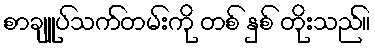
စာချူပ်သက်တမ်းကို တစ် နှစ် တိုးသည်။